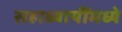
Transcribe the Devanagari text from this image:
सहाध्यायींमध्ये